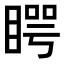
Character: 𥈭